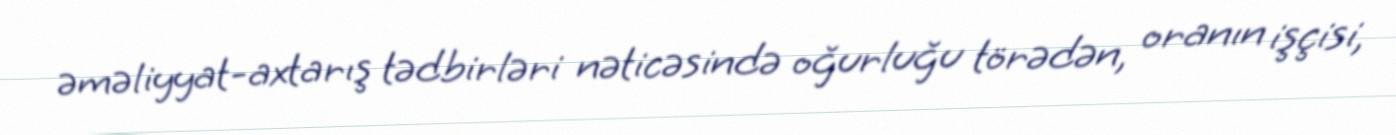
əməliyyat-axtarış tədbirləri nəticəsində oğurluğu törədən, oranın işçisi,